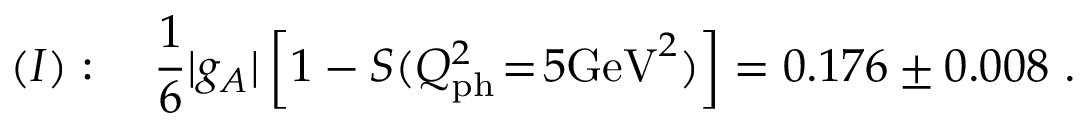
( I ) : \quad \frac { 1 } { 6 } | g _ { A } | \left[ 1 - S ( Q _ { \mathrm { p h } } ^ { 2 } \! = \! 5 \mathrm { G e V } ^ { 2 } ) \right] = 0 . 1 7 6 \pm 0 . 0 0 8 \ .